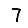
Digit: 7